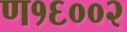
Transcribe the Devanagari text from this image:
ण१६००२